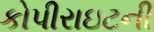
કોપીરાઇટની